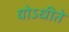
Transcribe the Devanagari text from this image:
योऽधीते